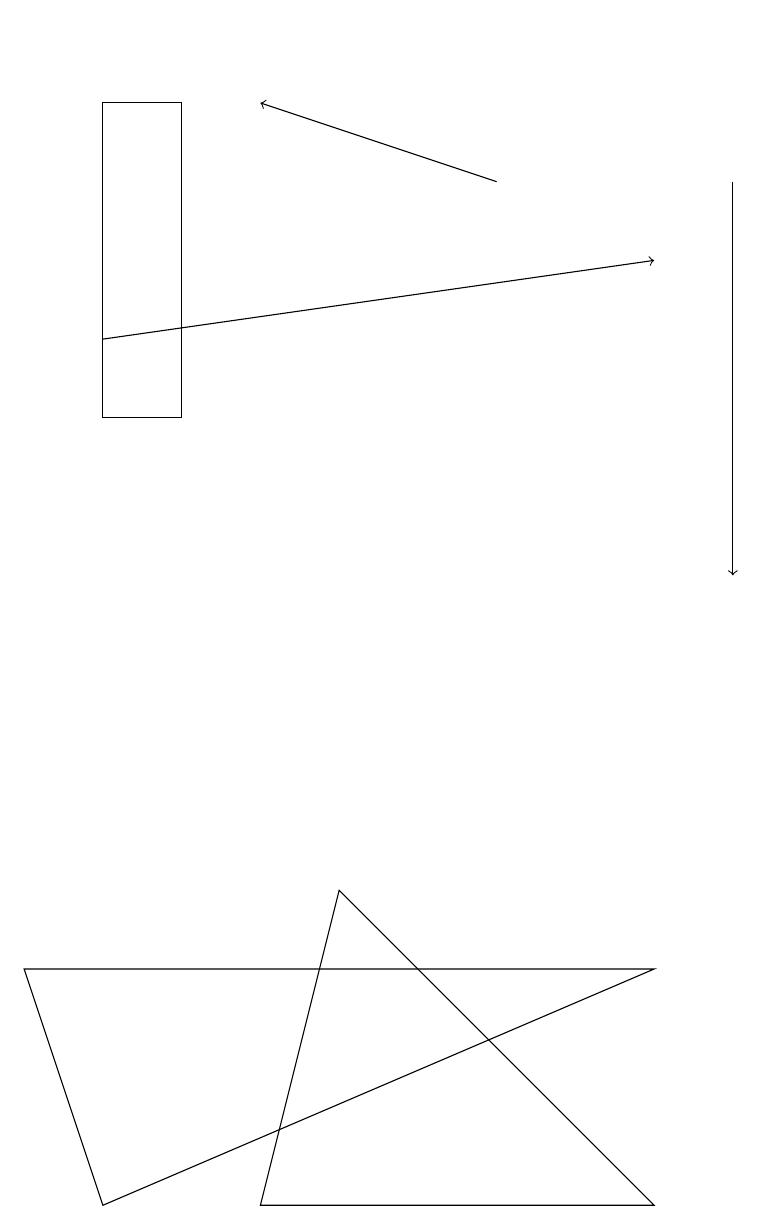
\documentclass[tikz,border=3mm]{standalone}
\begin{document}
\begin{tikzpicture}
\draw (4,8) -- (3,4) -- (8,4) -- cycle;
\draw[->] (6,17) -- (3,18);
\draw[->] (9,17) -- (9,12);
\draw (2,14) rectangle (1,18);
\draw (4,19) rectangle (4,19);
\draw[->] (1,15) -- (8,16);
\draw (0,7) -- (1,4) -- (8,7) -- cycle;
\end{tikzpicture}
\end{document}